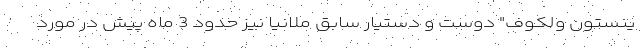
ینستون ولکوف" دوست و دستیار سابق ملانیا نیز حدود 3 ماه پیش در مورد